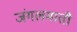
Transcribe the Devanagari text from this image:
जंगलमाती